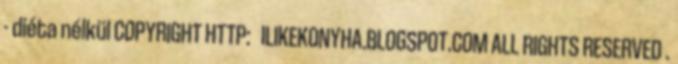
- diéta nélkül COPYRIGHT HTTP: ILIKEKONYHA.BLOGSPOT.COM ALL RIGHTS RESERVED .